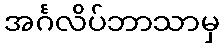
အင်္ဂလိပ်ဘာသာမှ